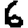
Digit: 6